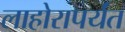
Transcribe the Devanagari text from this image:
लाहोरापर्यंत